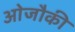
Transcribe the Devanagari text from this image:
ओजौकी